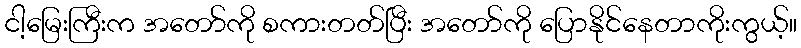
ငါ့မြေးကြီးက အတော်ကို စကားတတ်ပြီး အတော်ကို ပြောနိုင်နေတာကိုးကွယ့်။